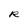
Character: R